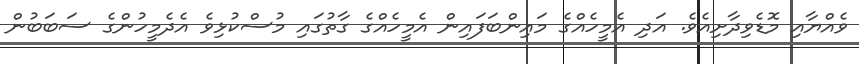
ވެއްޔާއި މޮޑެވިދާށިއެވެ. އަދި އެމީހެއްގެ މައިންބަފައިން އެމީހެއްގެ ގާތުގައި މުސްކުޅިވެ އެދެމީހުންގެ ސަބަބުން